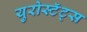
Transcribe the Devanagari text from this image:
युरोस्टॅट्स